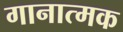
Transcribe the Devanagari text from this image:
गानात्मक